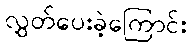
လွှတ်ပေးခဲ့ကြောင်း